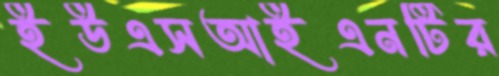
ইউএসআইএনটির